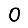
Digit: 0